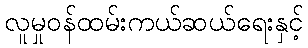
လူမှုဝန်ထမ်းကယ်ဆယ်ရေးနှင့်